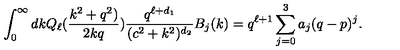
\int _ { 0 } ^ { \infty } d k Q _ { \ell } ( { \frac { k ^ { 2 } + q ^ { 2 } ) } { 2 k q } } ) { \frac { q ^ { \ell + d _ { 1 } } } { ( c ^ { 2 } + k ^ { 2 } ) ^ { d _ { 2 } } } } B _ { j } ( k ) = q ^ { \ell + 1 } \sum _ { j = 0 } ^ { 3 } a _ { j } ( q - p ) ^ { j } .